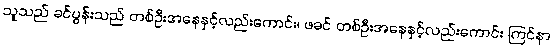
သူသည် ခင်ပွန်းသည် တစ်ဦးအနေနှင့်လည်းကောင်း၊ ဖခင် တစ်ဦးအနေနှင့်လည်းကောင်း ကြင်နာ